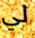
لي